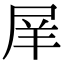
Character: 𡱝